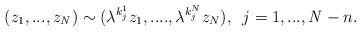
LaTeX: \begin{align*}(z_1,...,z_{\it N} ) \sim ({\lambda} ^{k^1_j} z_1,...., {\lambda }^{k^N_j} z_N),\,\,\, j = 1,...,{\it N}-n.\end{align*}